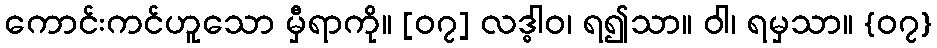
ကောင်းကင်ဟူသော မှီရာကို။ [၀၇] လဒ္ဓါဝ၊ ရ၍သာ။ ဝါ၊ ရမှသာ။ {၀၇}